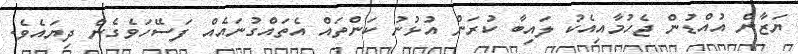
ޔަޒާން އުއްޑުން ޖެހުމާއިއެކު ލައިބާ ކުރަން އުޅުނު ކަންތައް އެތައްގުނައެއް ފަސޭހަވެގެން ދިޔައެވެ.